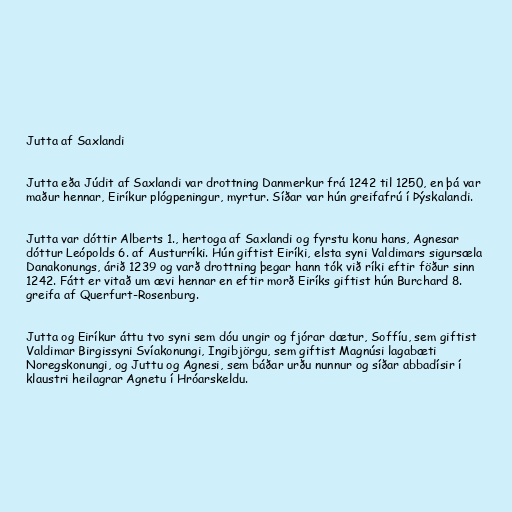
Jutta af Saxlandi

Jutta eða Júdit af Saxlandi var drottning Danmerkur frá 1242 til 1250, en þá var
maður hennar, Eiríkur plógpeningur, myrtur. Síðar var hún greifafrú í Þýskalandi.

Jutta var dóttir Alberts 1., hertoga af Saxlandi og fyrstu konu hans, Agnesar
dóttur Leópolds 6. af Austurríki. Hún giftist Eiríki, elsta syni Valdimars sigursæla
Danakonungs, árið 1239 og varð drottning þegar hann tók við ríki eftir föður sinn
1242. Fátt er vitað um ævi hennar en eftir morð Eiríks giftist hún Burchard 8.
greifa af Querfurt-Rosenburg.

Jutta og Eiríkur áttu tvo syni sem dóu ungir og fjórar dætur, Soffíu, sem giftist
Valdimar Birgissyni Svíakonungi, Ingibjörgu, sem giftist Magnúsi lagabæti
Noregskonungi, og Juttu og Agnesi, sem báðar urðu nunnur og síðar abbadísir í
klaustri heilagrar Agnetu í Hróarskeldu.